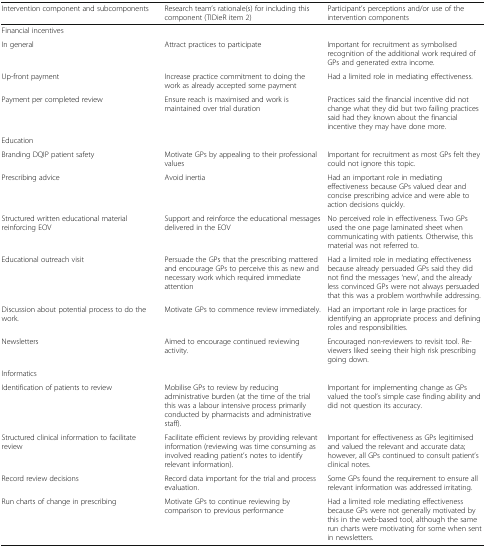
<table><thead><tr><td><b>Intervention component and subcomponents</b></td><td><b>Research team’s rationale(s) for including this component (TIDieR item 2)</b></td><td><b>Participant’s perceptions and/or use of the intervention components</b></td></tr></thead><tbody><tr><td colspan="3">Financial incentives</td></tr><tr><td>In general</td><td>Attract practices to participate</td><td>Important for recruitment as symbolised recognition of the additional work required of GPs and generated extra income.</td></tr><tr><td>Up-front payment</td><td>Increase practice commitment to doing the work as already accepted some payment</td><td>Had a limited role in mediating effectiveness.</td></tr><tr><td>Payment per completed review</td><td>Ensure reach is maximised and work is maintained over trial duration</td><td>Practices said the financial incentive did not change what they did but two failing practices said had they known about the financial incentive they may have done more.</td></tr><tr><td colspan="3">Education</td></tr><tr><td>Branding DQIP patient safety</td><td>Motivate GPs by appealing to their professional values</td><td>Important for recruitment as most GPs felt they could not ignore this topic.</td></tr><tr><td>Prescribing advice</td><td>Avoid inertia</td><td>Had an important role in mediating effectiveness because GPs valued clear and concise prescribing advice and were able to action decisions quickly.</td></tr><tr><td>Structured written educational material reinforcing EOV</td><td>Support and reinforce the educational messages delivered in the EOV</td><td>No perceived role in effectiveness. Two GPs used the one page laminated sheet when communicating with patients. Otherwise, this material was not referred to.</td></tr><tr><td>Educational outreach visit</td><td>Persuade the GPs that the prescribing mattered and encourage GPs to perceive this as new and necessary work which required immediate attention</td><td>Had a limited role in mediating effectiveness because already persuaded GPs said they did not find the messages ‘new’, and the already less convinced GPs were not always persuaded that this was a problem worthwhile addressing.</td></tr><tr><td>Discussion about potential process to do the work.</td><td>Motivate GPs to commence review immediately.</td><td>Had an important role in large practices for identifying an appropriate process and defining roles and responsibilities.</td></tr><tr><td>Newsletters</td><td>Aimed to encourage continued reviewing activity.</td><td>Encouraged non-reviewers to revisit tool. Reviewers liked seeing their high risk prescribing going down.</td></tr><tr><td colspan="3">Informatics</td></tr><tr><td>Identification of patients to review</td><td>Mobilise GPs to review by reducing administrative burden (at the time of the trial this was a labour intensive process primarily conducted by pharmacists and administrative staff).</td><td>Important for implementing change as GPs valued the tool’s simple case finding ability and did not question its accuracy.</td></tr><tr><td>Structured clinical information to facilitate review</td><td>Facilitate efficient reviews by providing relevant information (reviewing was time consuming as involved reading patient’s notes to identify relevant information).</td><td>Important for effectiveness as GPs legitimised and valued the relevant and accurate data; however, all GPs continued to consult patient’s clinical notes.</td></tr><tr><td>Record review decisions</td><td>Record data important for the trial and process evaluation.</td><td>Some GPs found the requirement to ensure all relevant information was addressed irritating.</td></tr><tr><td>Run charts of change in prescribing</td><td>Motivate GPs to continue reviewing by comparison to previous performance</td><td>Had a limited role mediating effectiveness because GPs were not generally motivated by this in the web-based tool, although the same run charts were motivating for some when sent in newsletters.</td></tr></tbody></table>